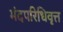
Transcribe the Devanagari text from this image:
मंदपरिधिवृत्त